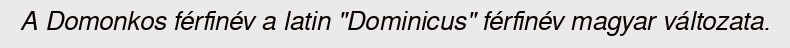
A Domonkos férfinév a latin "Dominicus" férfinév magyar változata.